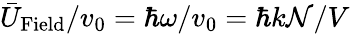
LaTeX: \bar{U}_{\mathrm{Field}}/v_{0}=\hbar\omega/v_{0}=\hbar k{\mathcal N}/V